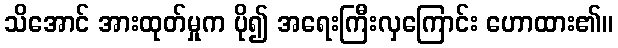
သိအောင် အားထုတ်မှုက ပို၍ အရေးကြီးလှကြောင်း ဟောထား၏။